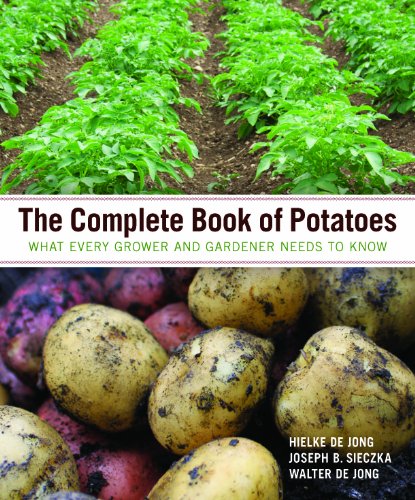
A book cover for The Complete Book of Potatoes: What Every Grower and Gardener Needs to Know; Hielke De Jong; Crafts, Hobbies & Home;